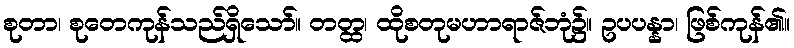
စုတာ၊ စုတေကုန်သည်ရှိသော်။ တတ္ထ၊ ထိုစတုမဟာရာဇ်ဘုံ၌။ ဥပပန္နာ၊ ဖြစ်ကုန်၏။